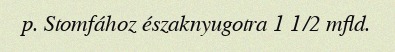
p. Stomfához északnyugotra 1 1/2 mfld.